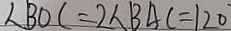
\angle B O C = 2 \angle B A C = 1 2 0